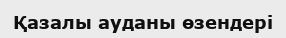
Қазалы ауданы өзендері